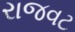
રાજવટ